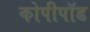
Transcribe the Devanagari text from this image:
कोपीपॉड